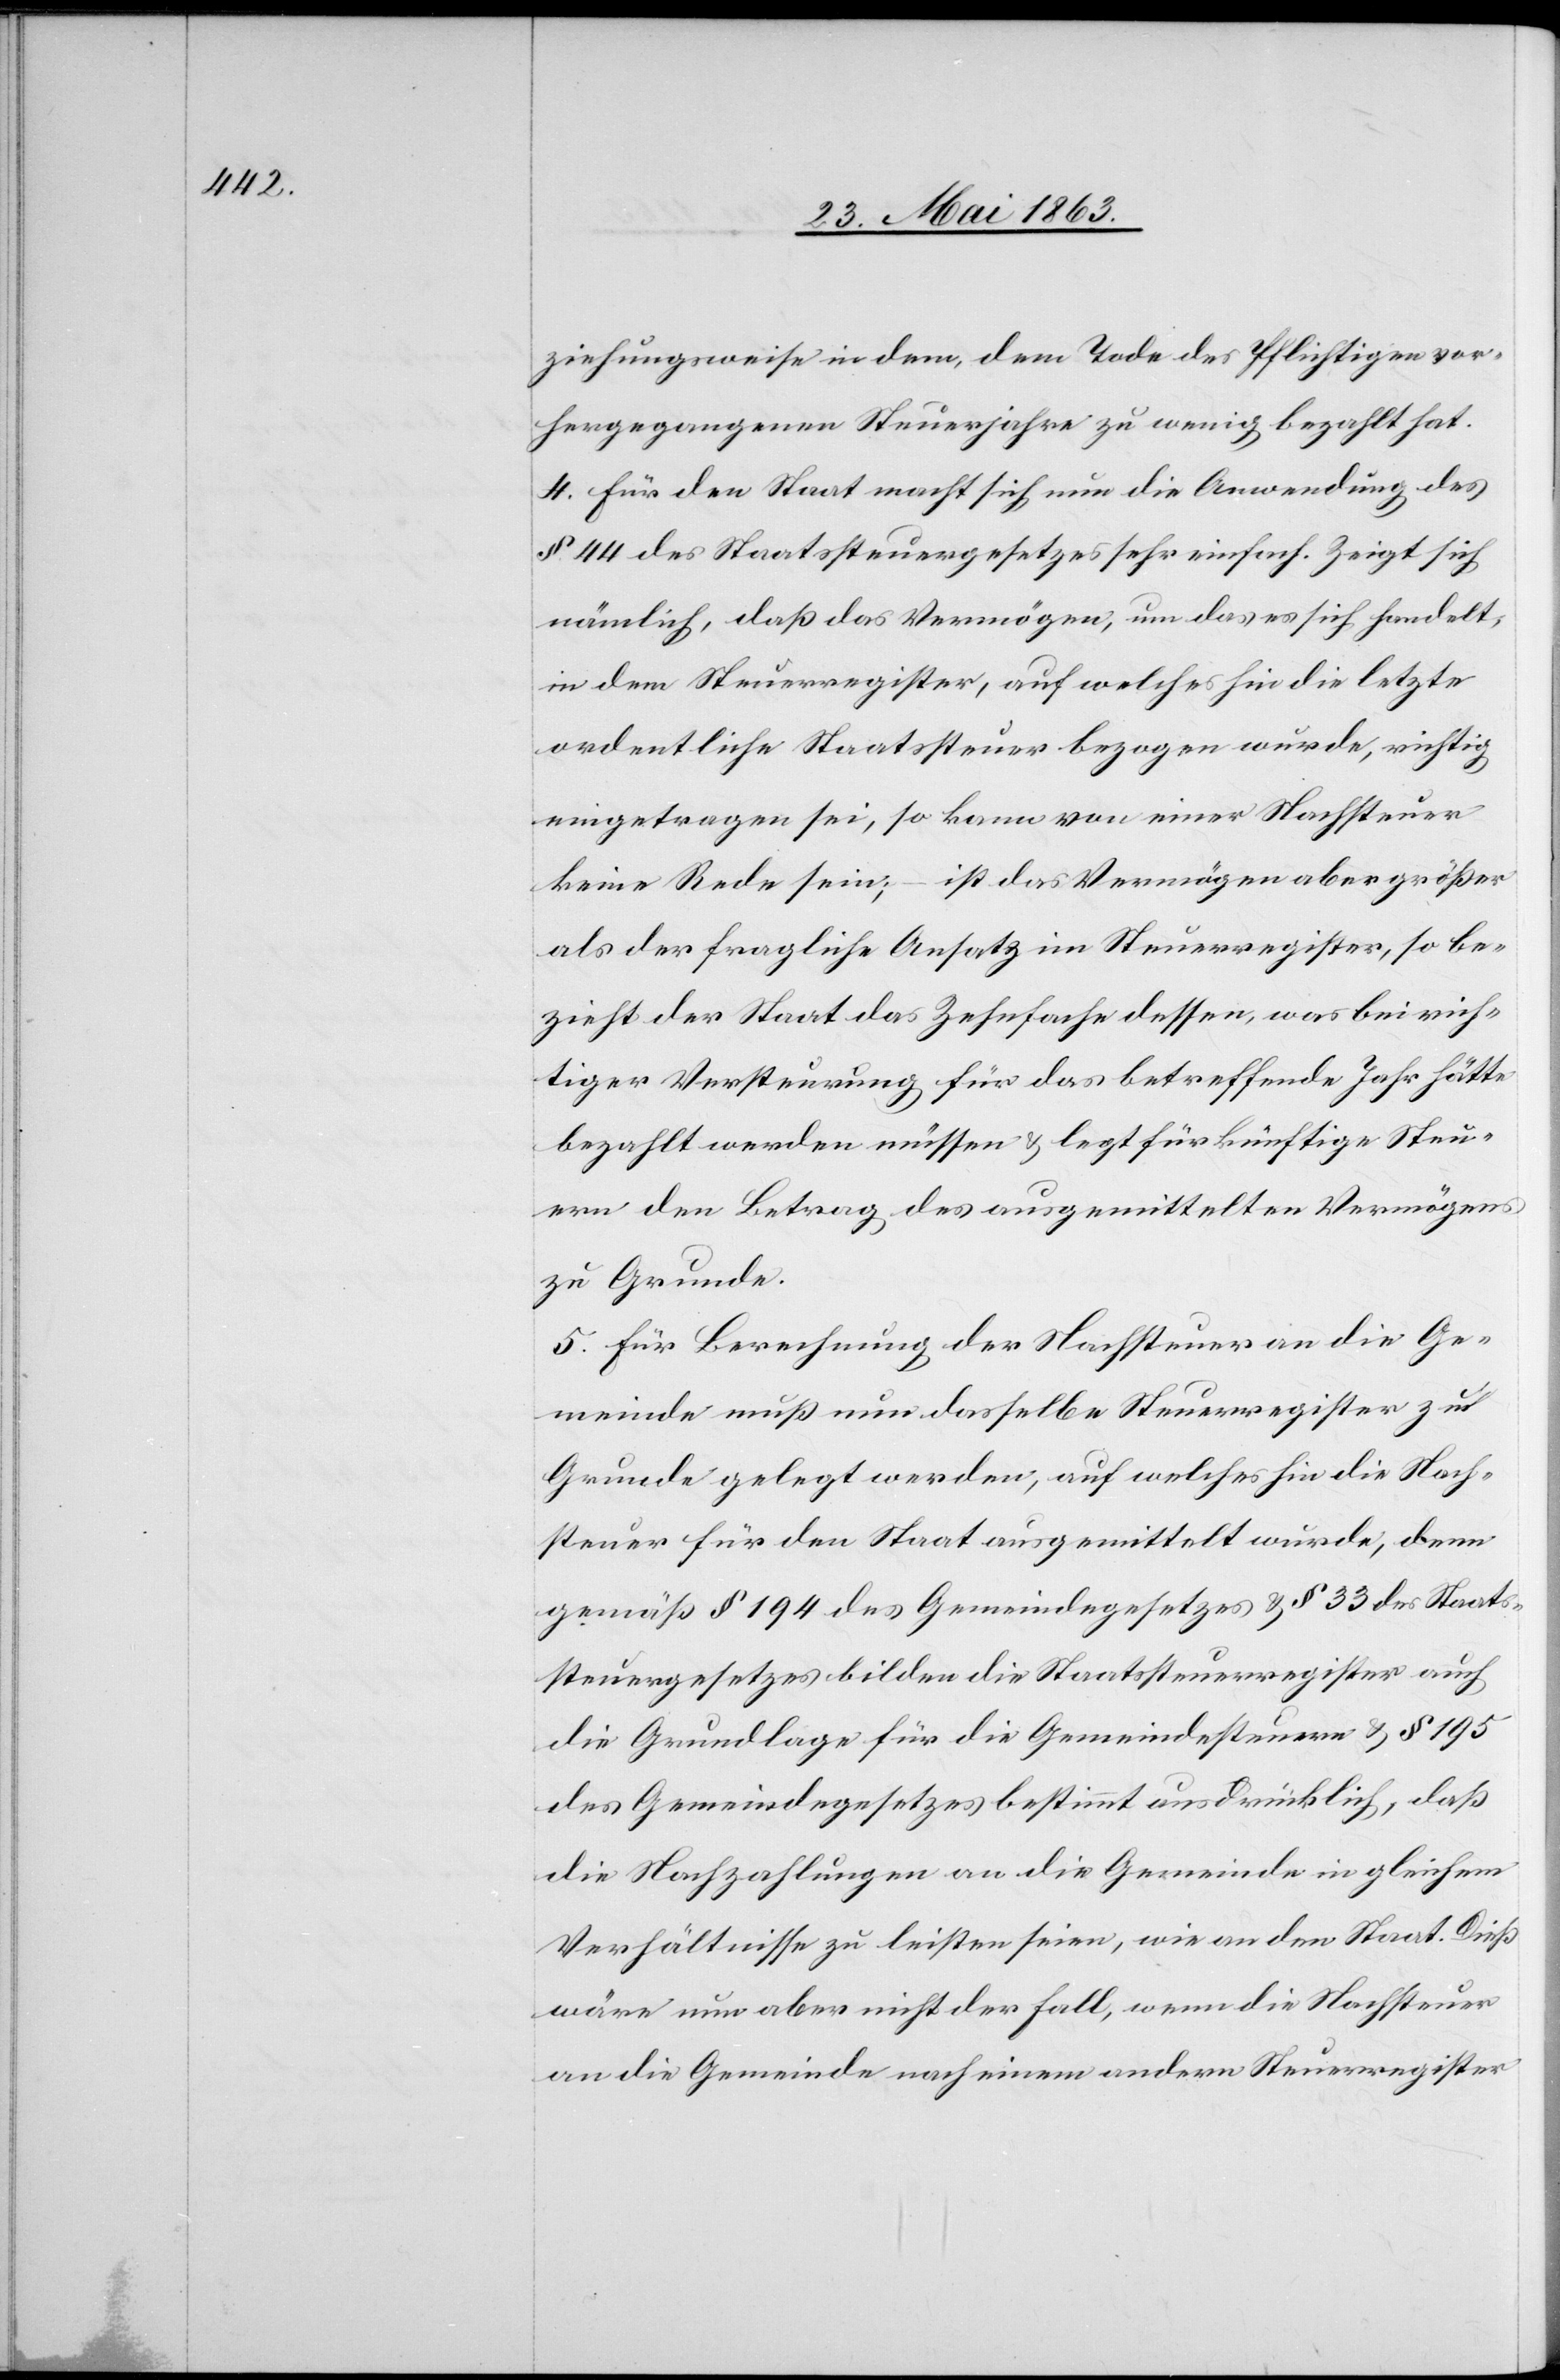
ziehungsweise in dem, dem Tode des Pflichtigen vor¬
hergegangenen Steuerjahre zu wenig bezahlt hat.
4. Für den Staat macht sich nun die Anwendung des
§ 44 des Staatssteuergesetzes sehr einfach. Zeigt sich
nämlich, daß das Vermögen, um das es sich handelt,
in dem Steuerregister, auf welches hin die letzte
ordentliche Staatssteuer bezogen wurde, richtig
eingetragen sei, so kann von einer Nachsteuer
keine Rede sein; – ist das Vermögen aber größer
als der fragliche Ansatz im Steuerregister, so be¬
zieht der Staat das Zehnfache dessen, was bei rich¬
tiger Versteurung für das betreffende Jahr hätte
bezahlt werden müssen & legt für künftige Steu¬
ern den Betrag des ausgemittelten Vermögens
zu Grunde.
5. Für Berechnung der Nachsteuer an die Ge¬
meinde muß nun dasselbe Steuerregister zu
Grunde gelegt werden, auf welches hin die Nach¬
steuer für den Staat ausgemittelt wurde, denn
gemäß § 194 des Gemeindegesetzes & § 33 des Staats¬
steuergesetzes bilden die Staatssteuerregister auch
die Grundlage für die Gemeindesteuern & § 195
des Gemeindegesetzes bestimmt ausdrücklich, daß
die Nachzahlungen an die Gemeinde in gleichem
Verhältnisse zu leisten seien, wie an den Staat. Dieß
wäre nun aber nicht der Fall, wenn die Nachsteuer
an die Gemeinde nach einem andern Steuerregister